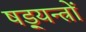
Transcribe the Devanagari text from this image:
षड़्यन्त्रों